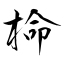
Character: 椧